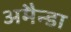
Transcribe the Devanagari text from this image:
अमैन्डा